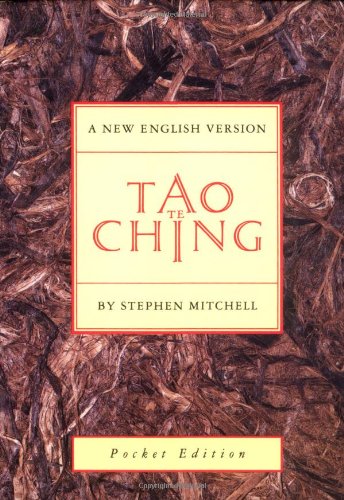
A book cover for Tao Te Ching; Laozi; Politics & Social Sciences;